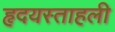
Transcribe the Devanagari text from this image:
हृदयस्ताहली